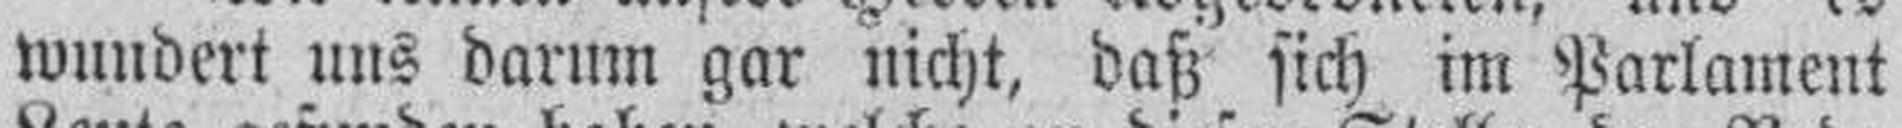
wundert uns darum gar nicht, daß sich im Parlament